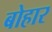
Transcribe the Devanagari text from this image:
बोहार